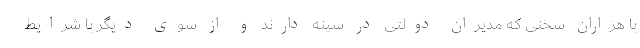
با هزاران سخنی که مدیران دولتی در سینه دارند و از سوی دیگر با شرایط